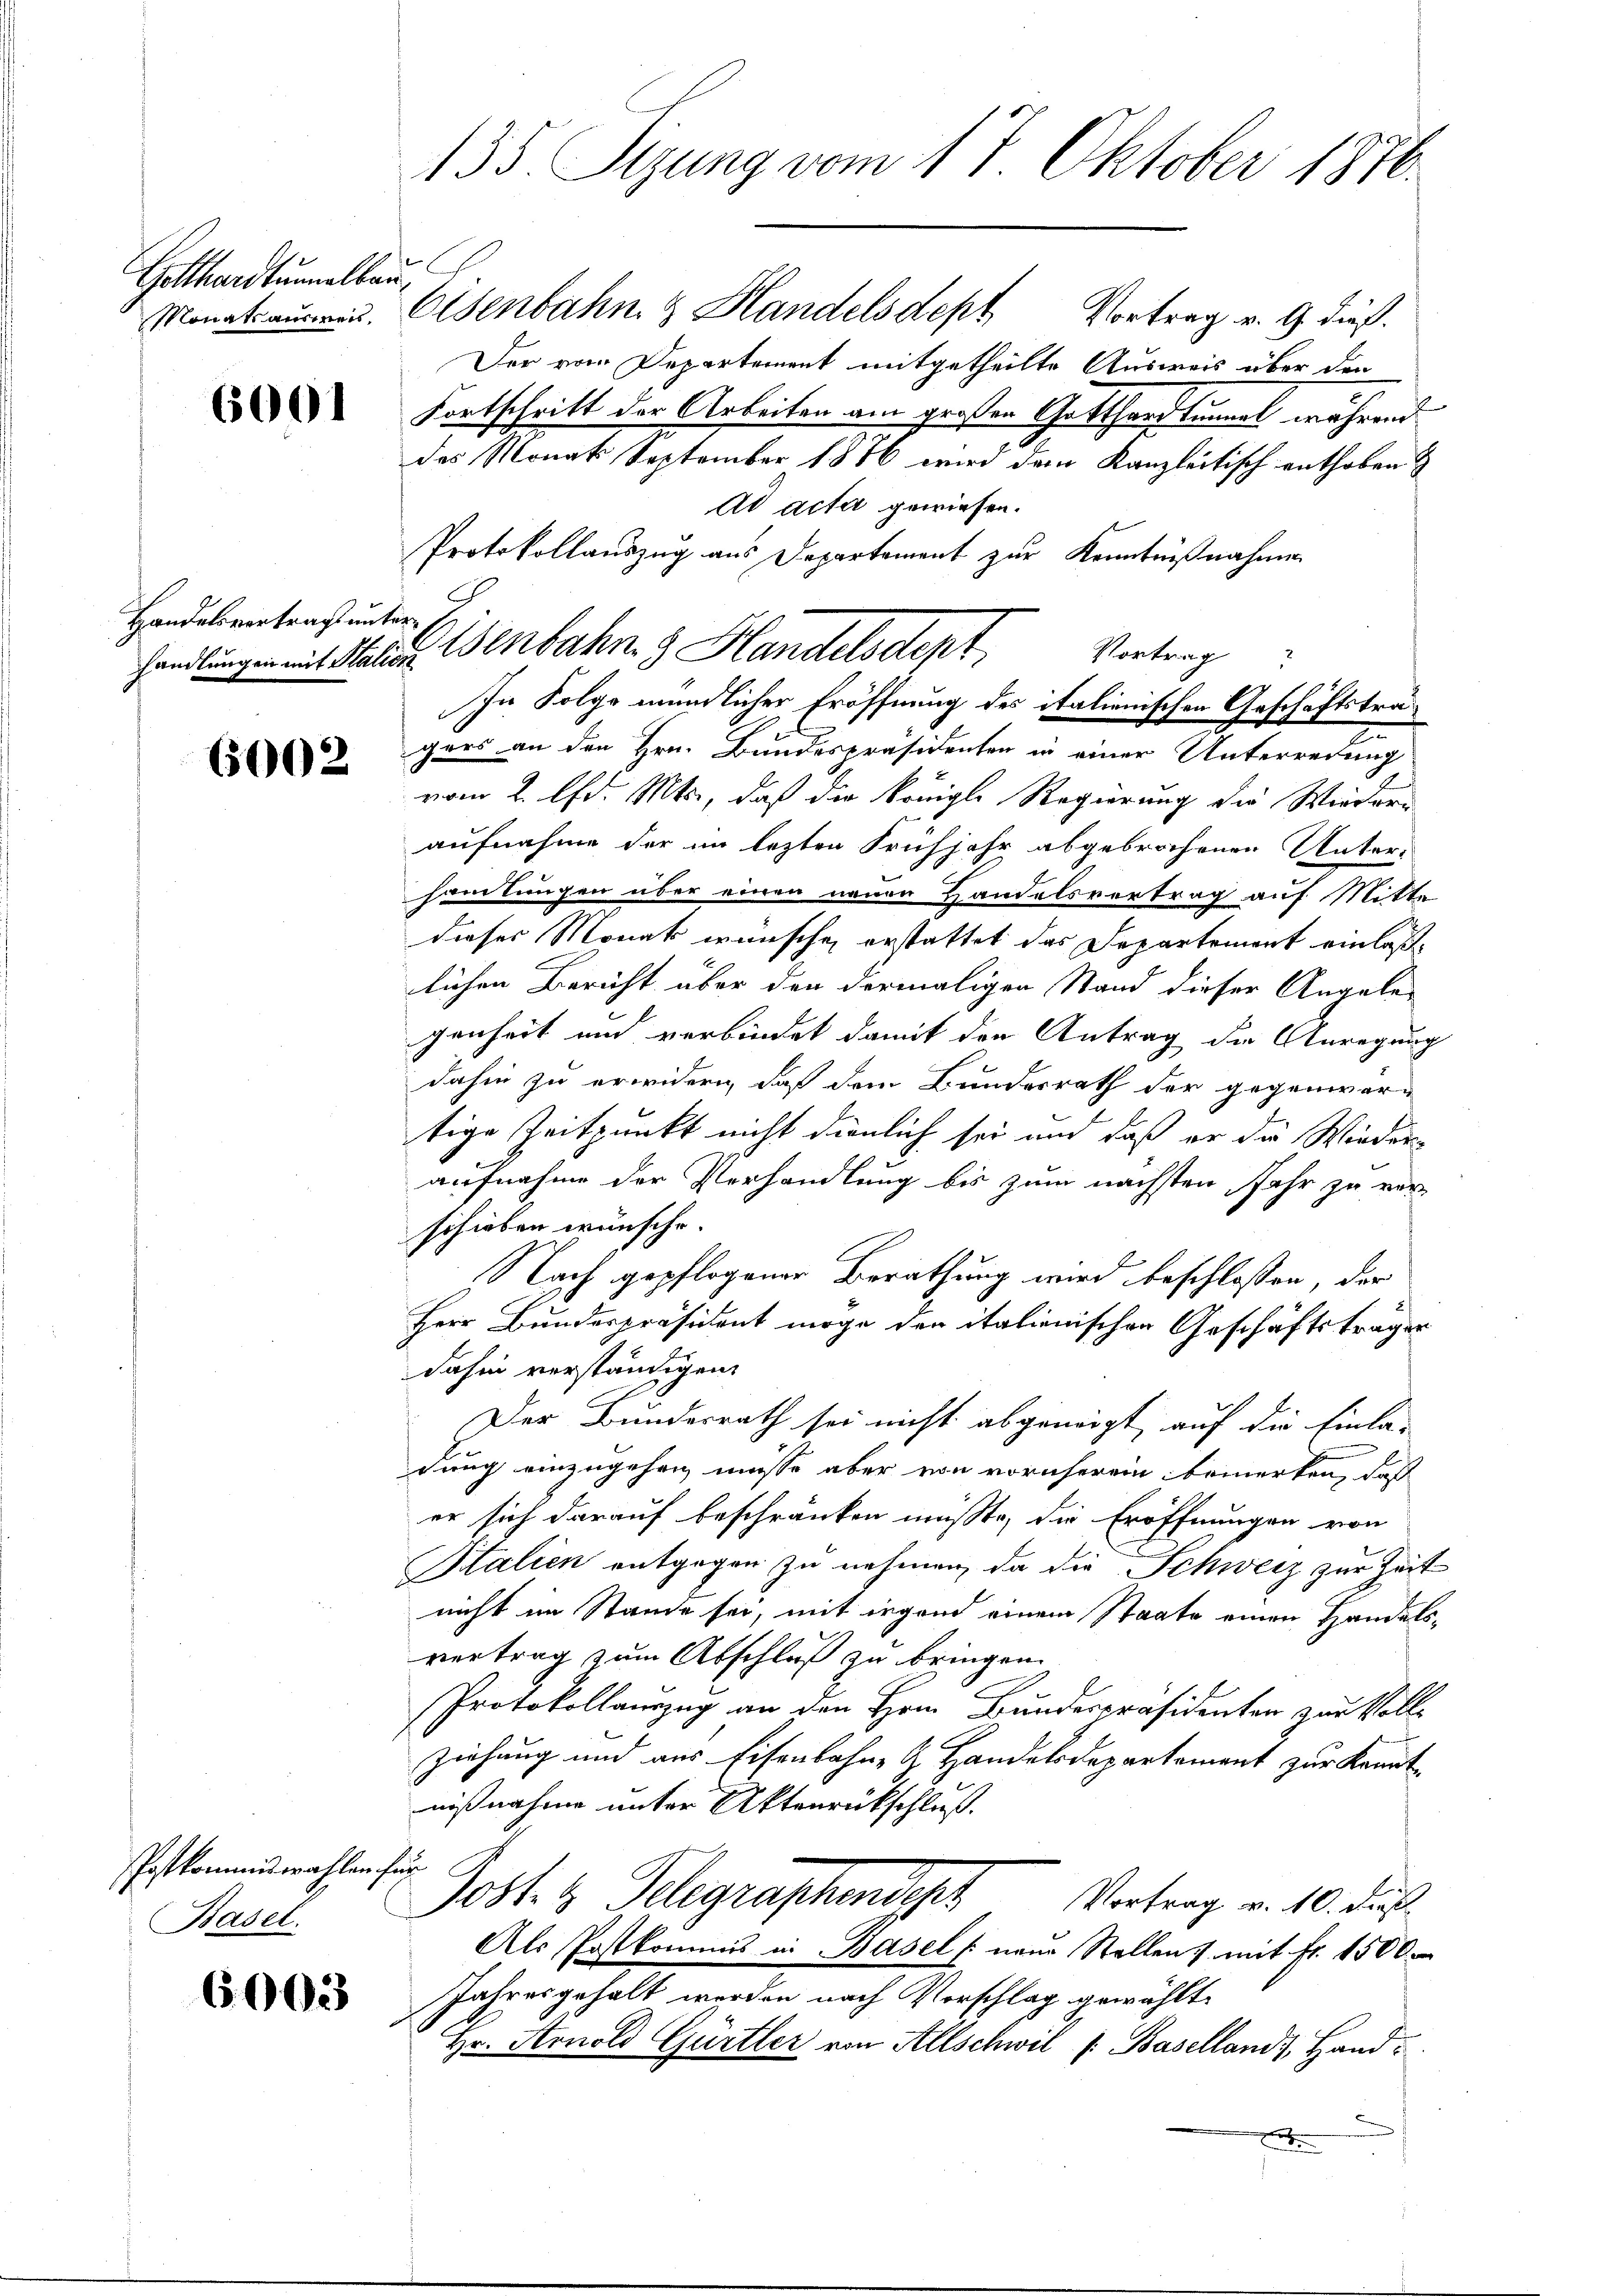
Gotthardtumelbau
Monats ausweis.

6001

Handelsvertrag unter¬

6002

Postkommiswahlen für
Basel.

6003

135. Stzung vom 18. Oktober 1876.

Der vom Departement mitgetheilte Ausweis über den
Fortschritt der Arbeiten am großen Gotthardtunnel während
das Monats September 1876 wird dem Kanzleitisch enthoben
Ad acta gewiesen.
Protokollauszug aus Departement zur Kenntnißnahmen
handlungen mit Station Genbahng Handelsdept
vom 2. Chr. Mts., daß die Königl. Regierung die Wiedern
aufnahme der im lezten Frühjahr abgebrochenen Unter-
handlungen über einen neuen Handelsvertrag auf Mitte
dieses Monat wünsche erstattet das Departement einlaße
lichen Bericht über den dermaligen Stand dieser Angele
genheit und verbindet damit den Antrag die Anregung
dahin zu erwidern, daß dem Bundesrath der gegenwärtige Zeitpunkt nicht dienlich sei und daß er die Wieder-
aufnahme der Verhandlung bis zum nächsten Jahr zu verschieben wünsche.
Nach gepflogener Berathung wird beschloßen, der
Herr Bundespräsident möge den italienischen Geschäftsträger
dahin verständigen
Der Bundesrath sei nicht abgeneigt, auf die Einla-
dung einzugehen müsse aber von vornherein bemerken, daß
er sich darauf beschränken müßte, die Eröffnungen von
Stalien entgegen zu nehmen, da die Schweiz zur Zeit
nicht im Stande sei, mit irgend einem Staate einen Handelsvertrag zum Abschluß zu bringen.
Protokollauszug an den Hern Bundespräsidenten zur Vollziehung und aus Eisenbahn- & Handelsdepartement zur Kenntnißnahme unter Aktenrückschluß.
Post 3 Telegraphendes Vertrag v. 10. dur
Als Postkommis in Basel neue Stellen) mit fr. 1500
Jahresgehalt werden nach Vorschlag gewählte
Hr. Arnold Gürtler von Allschwil /: Baselland), Hande

Eisenbahn & Handelsdept Vortrag v. 9. dieß.

Vortrag
In Folge mündlicher Eröffnung des italienischen Geschäftstragers an den Hrn. Bundespräsidenten in einer Unterredung